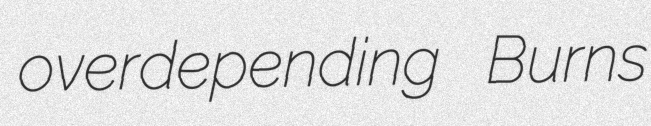
overdepending Burns